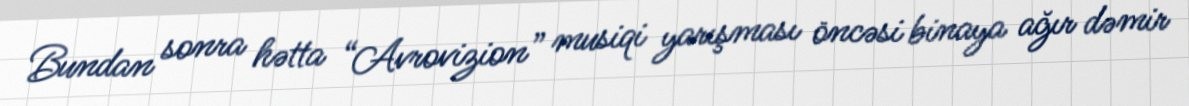
Bundan sonra hətta “Avrovizion” musiqi yarışması öncəsi binaya ağır dəmir